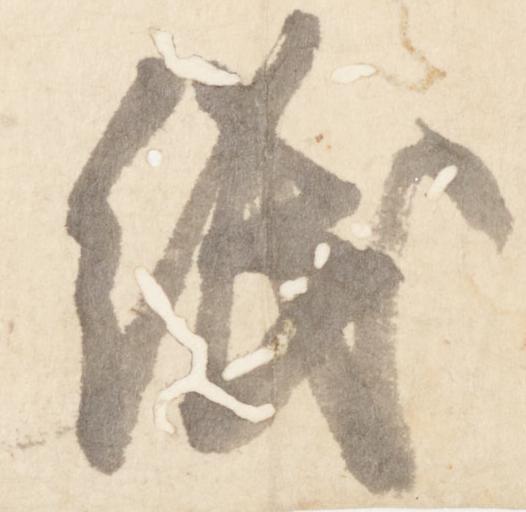
紙